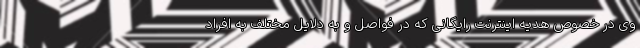
وی در خصوص هدیه اینترنت رایگانی که در فواصل و به دلایل مختلف به افراد